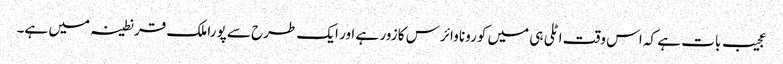
عجیب بات ہے کہ اس وقت اٹلی ہی میں کورونا وائرس کا زور ہے اور ایک طرح سے پورا ملک قرنطینہ میں ہے۔